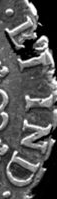
LI IND